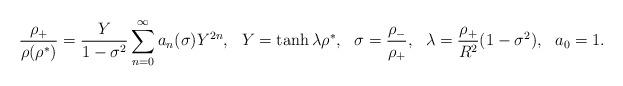
LaTeX: \begin{align*}{\rho_+ \over \rho(\rho^*)} = { Y \over 1 -\sigma^2} \sum_{n=0}^\infty a_n(\sigma) Y^{2n}, ~~Y = \tanh \lambda \rho^*, ~~\sigma = { \rho_- \over \rho_+}, ~~\lambda = { \rho_+ \over R^2} ( 1- \sigma^2), ~~a_0=1 .\end{align*}